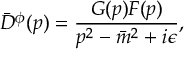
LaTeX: { \bar { D } } ^ { \phi } ( p ) = \frac { { \cal G } ( p ) { \cal F } ( p ) } { p ^ { 2 } - { \bar { m } } ^ { 2 } + i \epsilon } ,